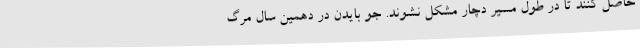
حاصل کنند تا در طول مسیر دچار مشکل نشوند. جو بایدن در دهمین سال مرگ